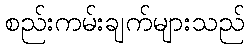
စည်းကမ်းချက်များသည်